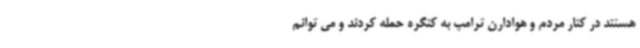
هستند در کنار مردم و هوادارن ترامپ به کنگره حمله کردند و می توانم